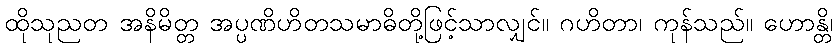
ထိုသုညတ အနိမိတ္တ အပ္ပဏိဟိတသမာဓိတို့ဖြင့်သာလျှင်။ ဂဟိတာ၊ ကုန်သည်။ ဟောန္တိ၊